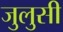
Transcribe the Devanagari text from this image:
जुलुसी